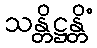
သန္တိဋ္ဌန္တိံ